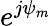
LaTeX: e^{j{\mathbf{\psi}}_{m}}